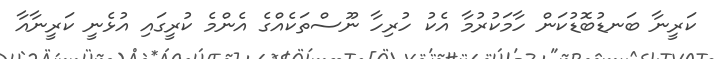
ކަރީނާ ބަނޑުބޮޑުކަން ހާމަކުރުމާ އެކު ހުރިހާ ނޫސްތަކެއްގެ އެންމެ ކުރީގައި އުޅެނީ ކަރީނާއާ